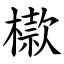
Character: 㯘